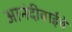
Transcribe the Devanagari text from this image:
आनंदीबाईचे